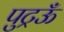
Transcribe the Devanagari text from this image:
पुट्रऊँ